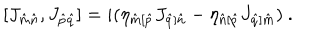
[ J _ { \hat { m } \hat { n } } , J _ { \hat { p } \hat { q } } ] = i ( \eta _ { \hat { m } [ \hat { p } } J _ { \hat { q } ] \hat { n } } - \eta _ { \hat { n } [ \hat { p } } J _ { \hat { q } ] \hat { m } } ) \ .